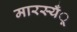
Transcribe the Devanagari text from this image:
मारस्यँू